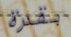
بقدرة